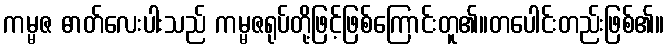
ကမ္မဇ ဓာတ်လေးပါးသည် ကမ္မဇရုပ်တို့ဖြင့်ဖြစ်ကြောင်းတူ၏။တပေါင်းတည်းဖြစ်၏။